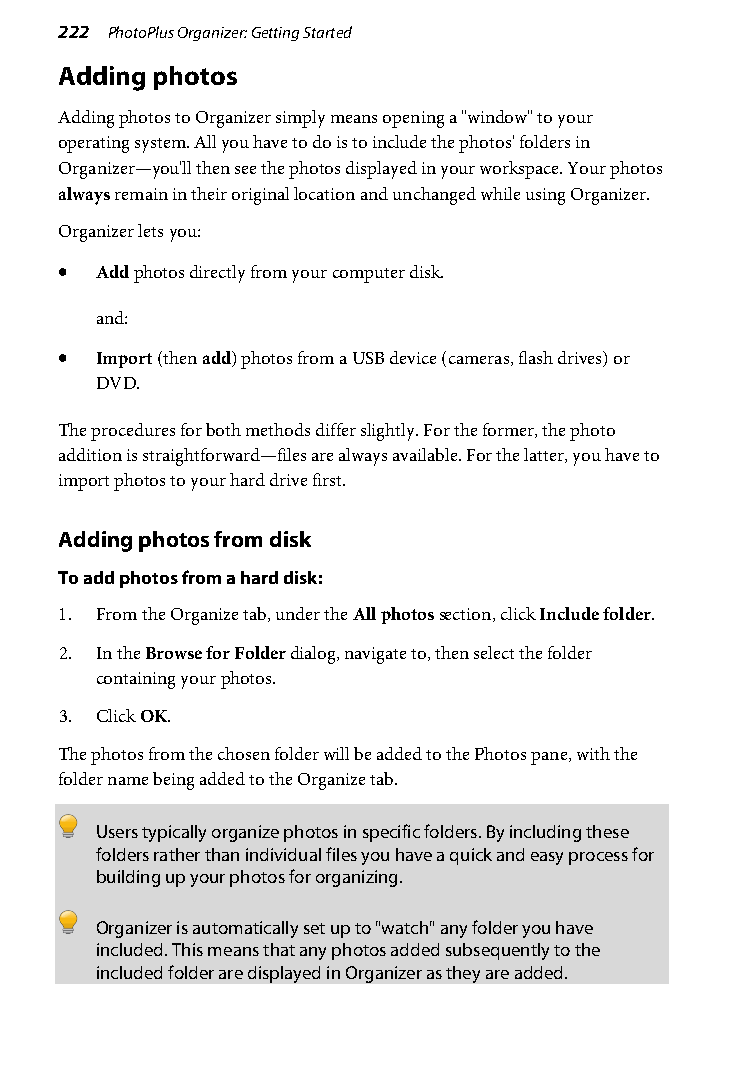
222 PhotoPlus Organizer: Getting Started
 Adding photos
 Adding photos to Organizer simply means opening a "window" to your
 operating system. All you have to do is to include the photos' folders in
 Organizer—you'll then see the photos displayed in your workspace. Your photos
 always remain in their original location and unchanged while using Organizer.
 Organizer lets you:
 • Add photos directly from your computer disk.
 and:
 • Import (then add) photos from a USB device (cameras, flash drives) or
 DVD.
 The procedures for both methods differ slightly. For the former, the photo
 addition is straightforward—files are always available. For the latter, you have to
 import photos to your hard drive first.
 Adding photos from disk
 To add photos from a hard disk:
 1. From the Organize tab, under the All photos section, click Include folder.
 2. In the Browse for Folder dialog, navigate to, then select the folder
 containing your photos.
 3. Click OK.
 The photos from the chosen folder will be added to the Photos pane, with the
 folder name being added to the Organize tab.
 Users typically organize photos in specific folders. By including these
 folders rather than individual files you have a quick and easy process for
 building up your photos for organizing.
 Organizer is automatically set up to "watch" any folder you have
 included. This means that any photos added subsequently to the
 included folder are displayed in Organizer as they are added.